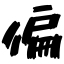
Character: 偏